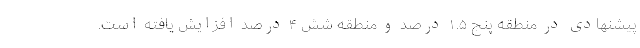
پیشنهادی در منطقه پنج ۱.۵ درصد و منطقه شش ۴ درصد افزایش یافته است.